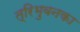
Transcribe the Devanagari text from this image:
त्रिभुवनका